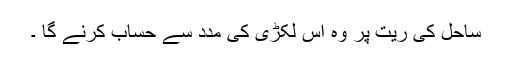
ساحل کی ریت پر وہ اس لکڑی کی مدد سے حساب کرنے گا ۔